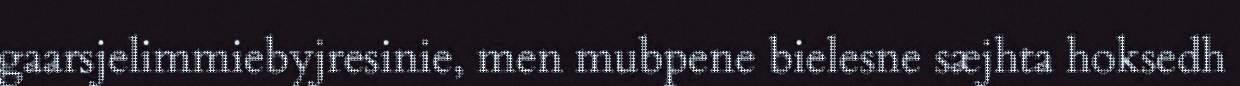
gaarsjelimmiebyjresinie, men mubpene bielesne sæjhta hoksedh